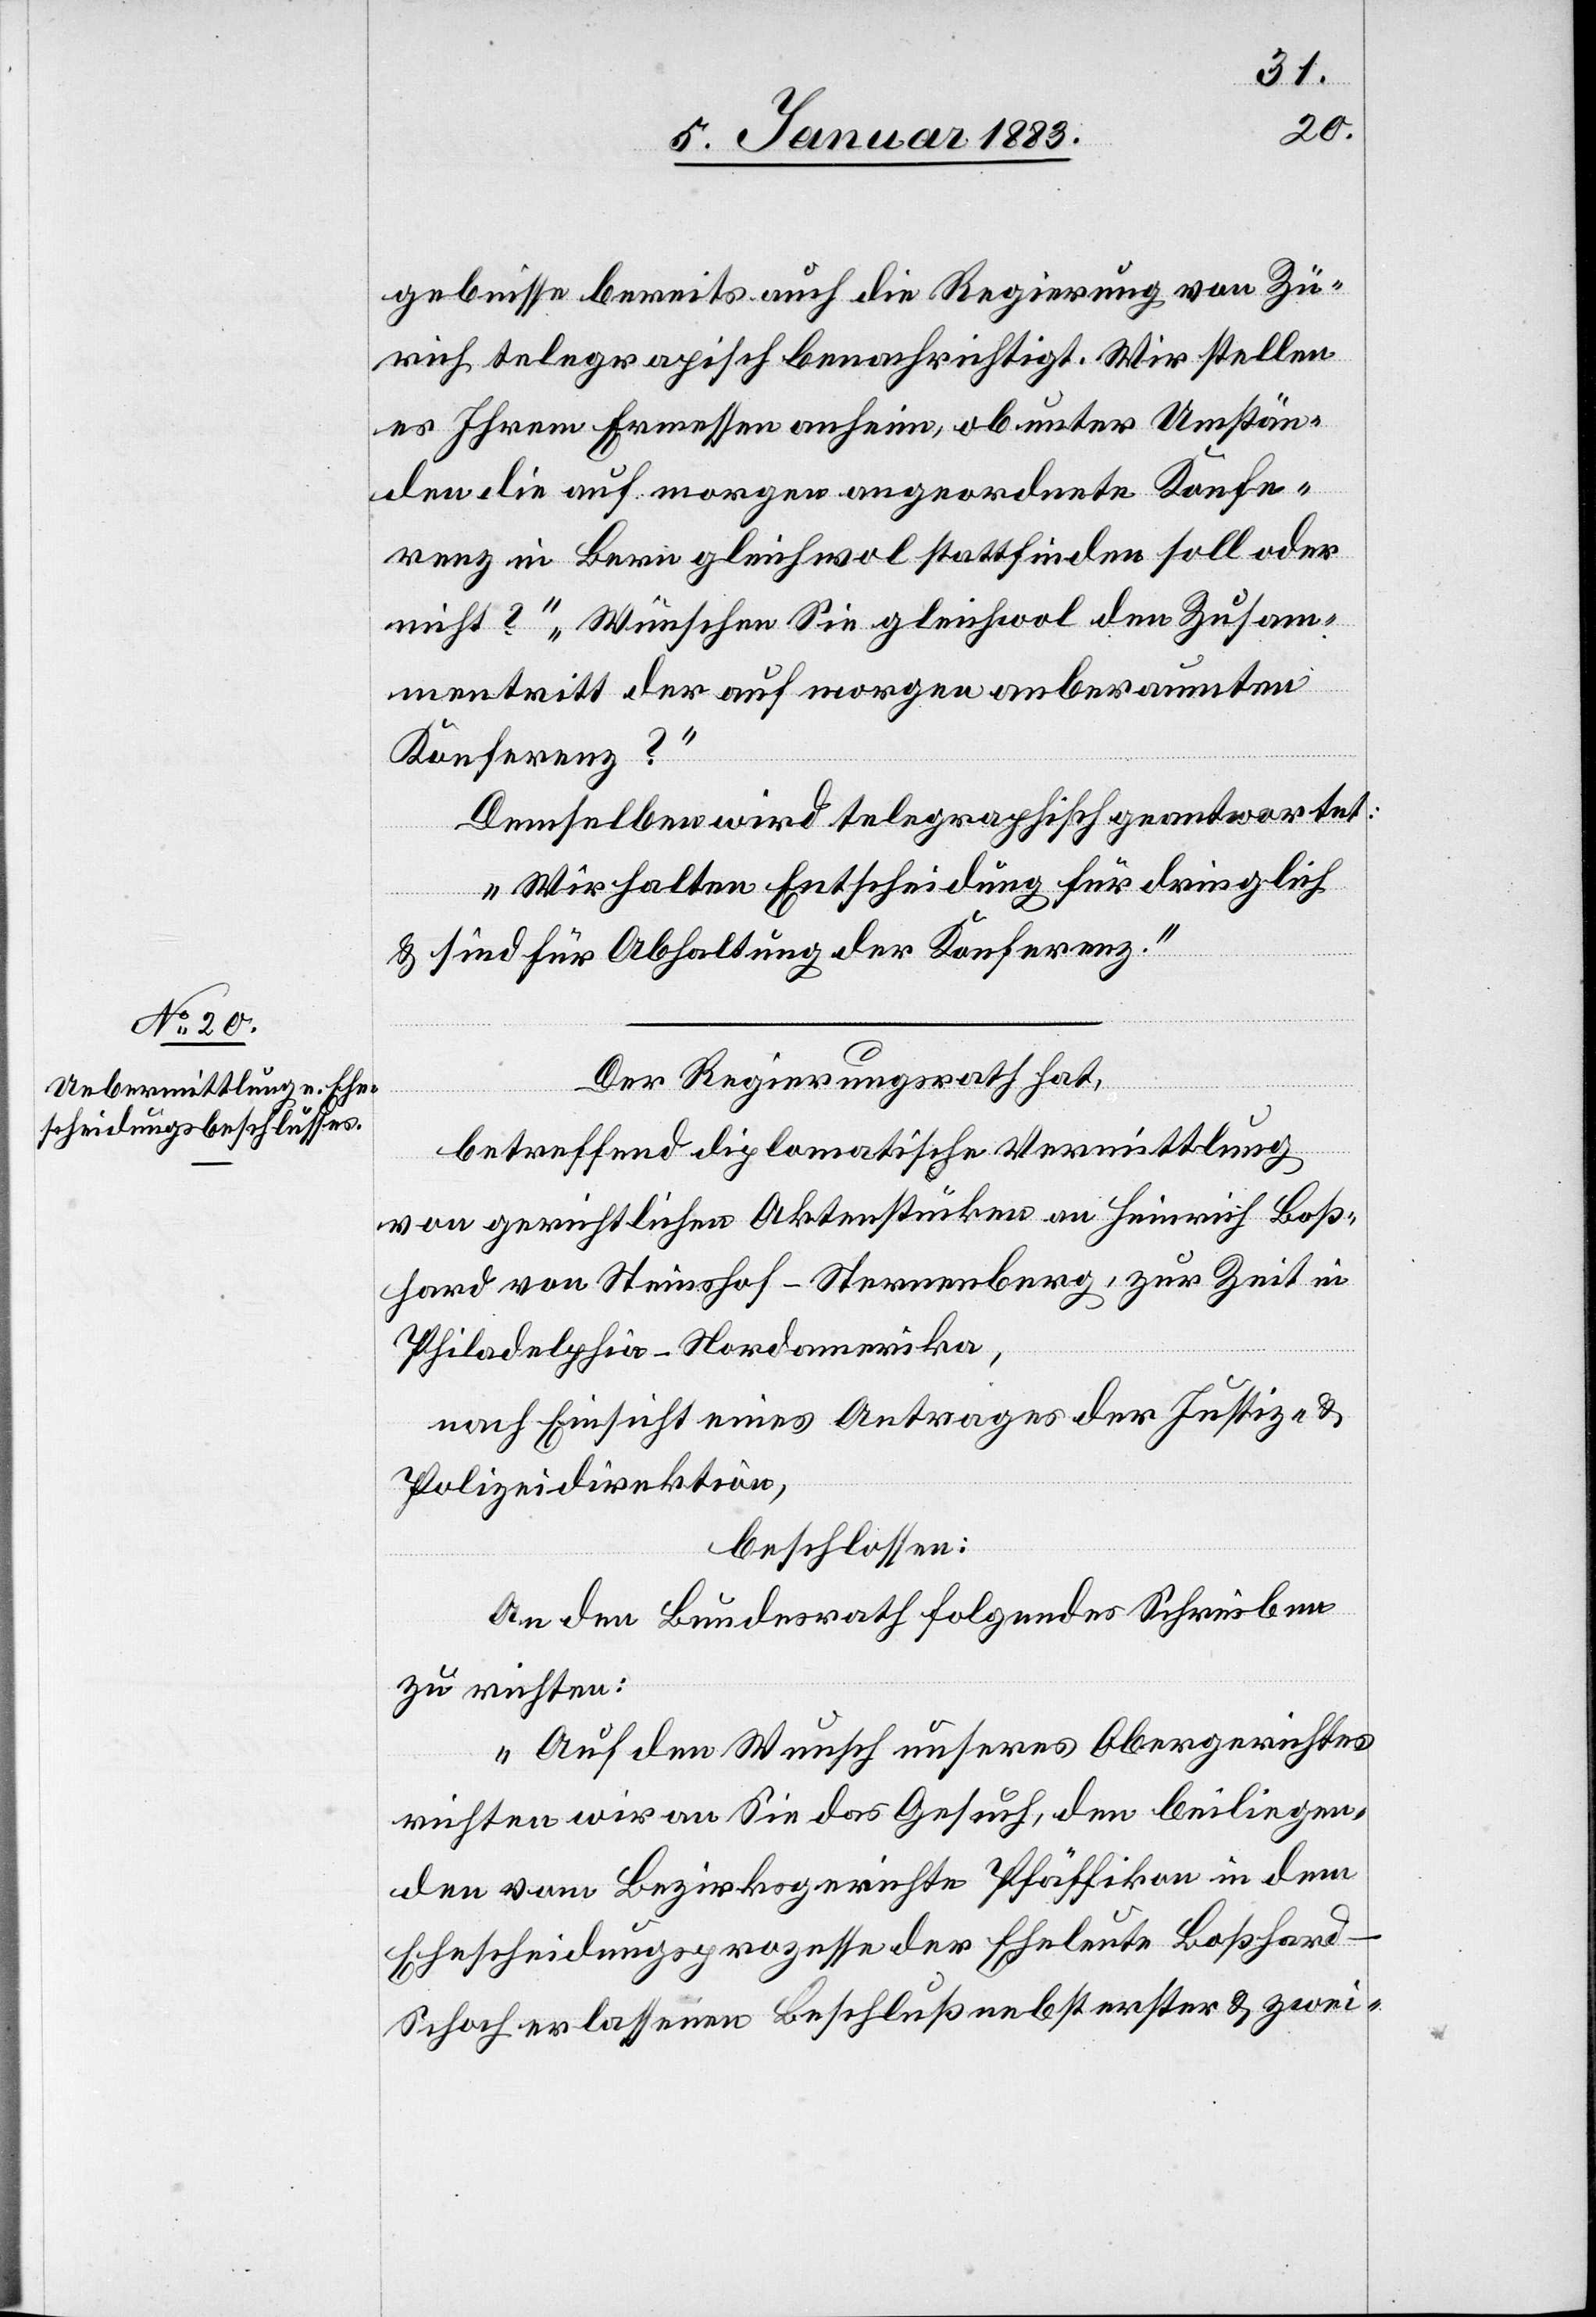
5. Januar 1883]
gebnisse bereits auch die Regierung von Zü¬
rich telegrapisch [recte: telegraphisch] benachrichtigt. Wir stellen
es Ihrem Ermessen anheim, ob unter Umstän¬
den die auf morgen angeordnete Konfe¬
renz in Bern gleichwol stattfinden soll oder
nicht?“ „Wünschen Sie gleichwol den Zusam¬
mentritt der auf morgen anberaumten
Konferenz?“
Demselben wird telegraphisch geantwortet:
„Wir halten Entscheidung für dringlich
& sind für Abhaltung der Konferenz.“
Der Regierungsrath hat,
betreffend die diplomatische Vermittlung
von gerichtlichen Aktenstücken an Heinrich Boß¬
hard von Steinshof - Sternenberg, zur Zeit in
Philadelphia - Nordamerika,
nach Einsicht eines Antrages der Justiz- &
Polizeidirektion,
beschlossen:
An den Bundesrath folgendes Schreiben
zu richten:
„Auf den Wunsch unseres Obergerichtes
richten wir an Sie das Gesuch, den beiliegen¬
den vom Bezirksgerichte Pfäffikon in dem
Ehescheidungsprozesse der Eheleute Boßhar¬
d-Schoch erlassenen Beschluß nebst erster & zwei-